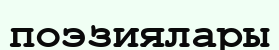
поэзиялары